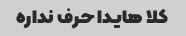
کلا هایدا حرف نداره